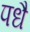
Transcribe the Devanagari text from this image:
पधै